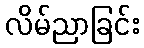
လိမ်ညာခြင်း